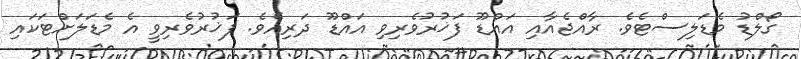
ގޯލްޑު މެޑަލިސްޓެވެ. ރާއްޖެއާއި އައްޑޫ ފަޚުރުވެރިވި އައްޑޫ ދަރިއެވެ. ފަޚުރުވެރިވީ އެ މެޑަލަށްޓަކައި